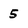
Character: 5